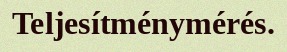
Teljesítménymérés.